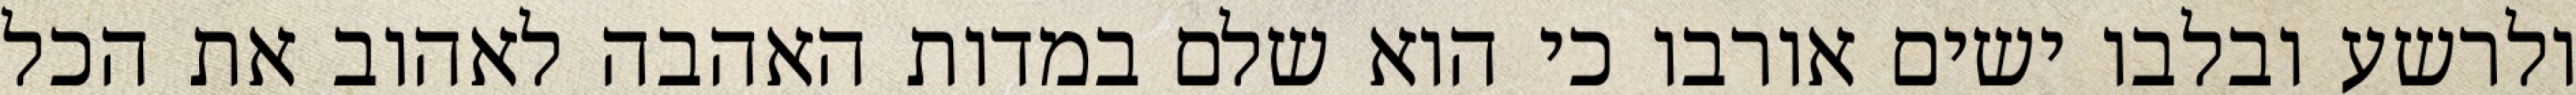
ולרשע ובלבו ישים אורבו כי הוא שלם במדות האהבה לאהוב את הכל